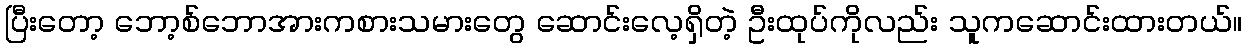
ပြီးတော့ ဘော့စ်ဘောအားကစားသမားတွေ ဆောင်းလေ့ရှိတဲ့ ဦးထုပ်ကိုလည်း သူကဆောင်းထားတယ်။